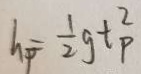
h _ { p } = \frac { 1 } { 2 } g t _ { P } ^ { 2 }